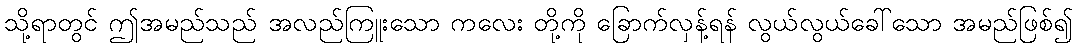
သို့ရာတွင် ဤအမည်သည် အလည်ကြူးသော ကလေး တို့ကို ခြောက်လှန့်ရန် လွယ်လွယ်ခေါ်သော အမည်ဖြစ်၍